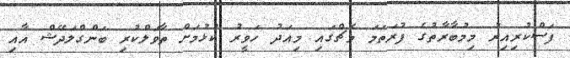
ފަސްކުރިއިރު މިމުބާރާތުގެ ފުރަތަމަ މެޗްގައި މިއަދު ހަވީރު ކުޅުމަށް ތާވަލްކުރި ބަންގްލަދޭޝް އާއި